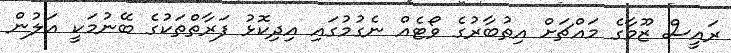
ރައީސް ޒޫމާގެ މައްޗަށް އިތުބާރުގެ ވޯޓެއް ނެގުމުގައި އިދިކޮޅު ފަރާތްތަކުގެ ބޭނުމަކީ އަލުން